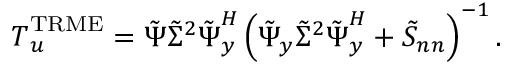
\boldsymbol { T } _ { \boldsymbol { u } } ^ { \mathrm { T R M E } } = \boldsymbol { \tilde { \Psi } } \boldsymbol { \tilde { \Sigma } ^ { 2 } } \boldsymbol { \tilde { \Psi } } _ { \boldsymbol { y } } ^ { H } \left( \boldsymbol { \tilde { \Psi } _ { y } } \boldsymbol { \tilde { \Sigma } ^ { 2 } } \boldsymbol { \tilde { \Psi } } _ { \boldsymbol { y } } ^ { H } + \boldsymbol { \tilde { S } _ { n n } } \right) ^ { - 1 } .